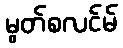
မွတ်စလင်မ်